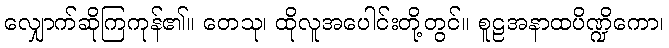
လျှောက်ဆိုကြကုန်၏။ တေသု၊ ထိုလူအပေါင်းတို့တွင်။ စူဠအနာထပိဏ္ဍိကော၊